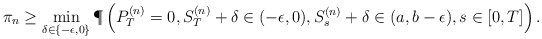
\begin{align*} \pi_n \geq \min_{\delta \in \{-\epsilon,0\}} \P \left( P^{(n)}_T = 0, S^{(n)}_T+\delta \in (-\epsilon,0), S^{(n)}_s+\delta \in (a, b - \epsilon), s \in [0,T] \right).\end{align*}